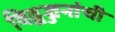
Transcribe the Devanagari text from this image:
विद्वज्जनांची